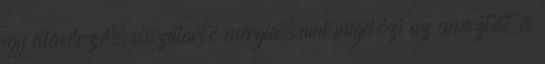
egy ellenőrző, visszatartó energia, ami megelőzi az emésztést és